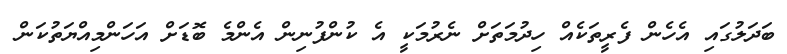
ބަދަލުގައި އެހެން ފެރީތަކެއް ހިދުމަތަށް ނެރުމަކީ އެ ކުންފުނިން އެންމެ ބޮޑަށް އަަހަންމިއްޔަތުކަން